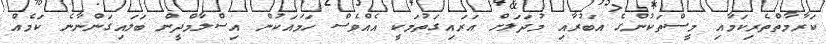
ކަރާމާތްތެރިކަމާއި މީސްތަކުންގެ އަބުރާއި މުދަލަށް އަރައިގަތުމަކީ އެއްވެސް ހަމައަކުން އިސްލާމްދީން ބަލައިގަންނާނެ ކަމެއް